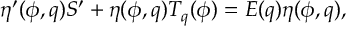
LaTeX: \eta ^ { \prime } ( \phi , q ) { S } ^ { \prime } + \eta ( \phi , q ) T _ { q } ( \phi ) = E ( q ) \eta ( \phi , q ) ,